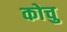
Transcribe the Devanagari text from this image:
कोचु